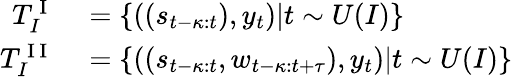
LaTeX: \begin{array}{rl}{T_{I}^{\mathrm{~I~}}}&{{}=\{ ((s_{t-\kappa:t}),y_{t})|t\sim U(I)\} }\\ {T_{I}^{\mathrm{~I~I~}}}&{{}=\{ ((s_{t-\kappa:t},w_{t-\kappa:t+\tau}),y_{t})|t\sim U(I)\} }\end{array}